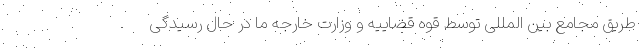
طریق مجامع بین المللی توسط قوه قضاییه و وزارت خارجه ما در حال رسیدگی